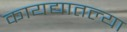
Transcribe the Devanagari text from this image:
कायद्यातल्या